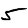
Digit: 5